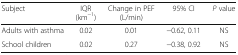
<table><thead><tr><td><b>Subject</b></td><td><b>IQR(km<sup>−1</sup>)</b></td><td><b>Change in PEF (L/min)</b></td><td><b>95% CI</b></td><td><b><i>P</i> value</b></td></tr></thead><tbody><tr><td>Adults with asthma</td><td>0.02</td><td>0.01</td><td>−0.62, 0.11</td><td>NS</td></tr><tr><td>School children</td><td>0.02</td><td>0.27</td><td>−0.38, 0.92</td><td>NS</td></tr></tbody></table>